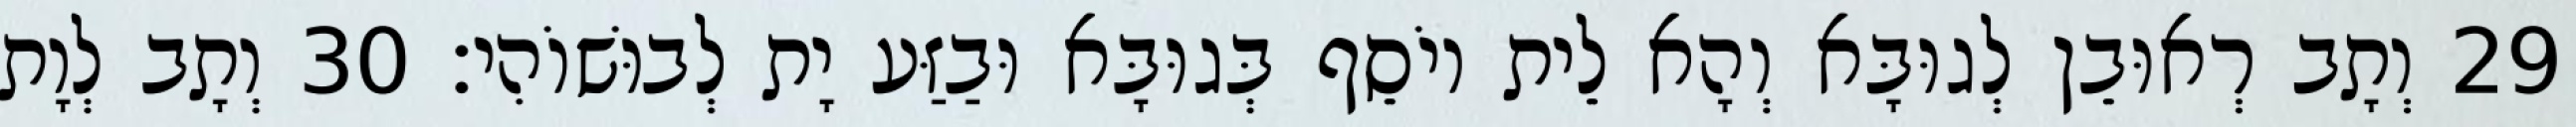
29 וְתָב רְאוּבֵן לְגוּבָּא וְהָא לֵית יוֹסֵף בְּגוּבָּא וּבַזַּע יָת לְבוּשׁוֹהִי׃ 30 וְתָב לְוָת